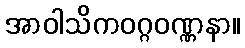
အာဝါသိကဝဂ္ဂဝဏ္ဏနာ။